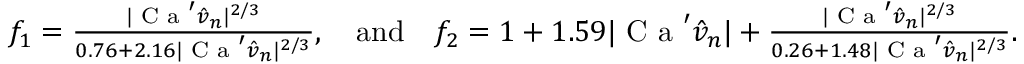
\begin{array} { r } { f _ { 1 } = \frac { | \textrm { C a } ^ { \prime } \hat { v } _ { n } | ^ { 2 / 3 } } { 0 . 7 6 + 2 . 1 6 | \textrm { C a } ^ { \prime } \hat { v } _ { n } | ^ { 2 / 3 } } , \quad \mathrm { a n d } \quad f _ { 2 } = 1 + 1 . 5 9 | \textrm { C a } ^ { \prime } \hat { v } _ { n } | + \frac { | \textrm { C a } ^ { \prime } \hat { v } _ { n } | ^ { 2 / 3 } } { 0 . 2 6 + 1 . 4 8 | \textrm { C a } ^ { \prime } \hat { v } _ { n } | ^ { 2 / 3 } } . } \end{array}